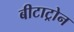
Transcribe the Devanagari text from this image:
बीटाट्रोन